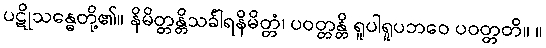
ပဋိုသန္ဓေတို့၏။ နိမိတ္တန္တိသင်္ခါရနိမိတ္တံ၊ ပဝတ္တန္တိ ရူပါရူပဘဝေ ပဝတ္တတိ။ ။